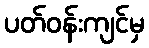
ပတ်ဝန်းကျင်မှ